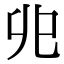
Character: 𠑹